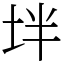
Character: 坢